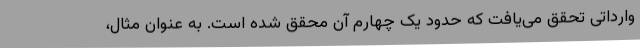
وارداتی تحقق می‌یافت که حدود یک چهارم آن محقق شده است. به عنوان مثال،